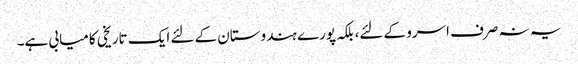
یہ نہ صرف اسرو کے لئے، بلکہ پورے ہندوستان کے لئے ایک تاریخی کامیابی ہے۔